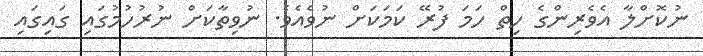
ނުކޮށްލާ އެވެރިންގެ ހިތް ހަމަ ފުރޭ ކަމަކަށް ނުވެއެވެ. ނުވިތާކަށް ނުރުހުމުގައި ގައިގައި